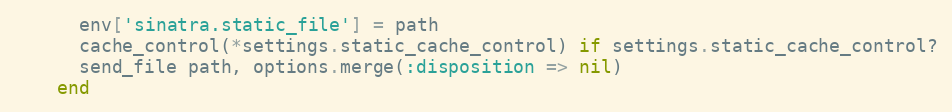
Language: Ruby
      env['sinatra.static_file'] = path
      cache_control(*settings.static_cache_control) if settings.static_cache_control?
      send_file path, options.merge(:disposition => nil)
    end